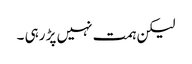
لیکن ہمت نہیں پڑ رہی ۔